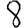
Digit: 8